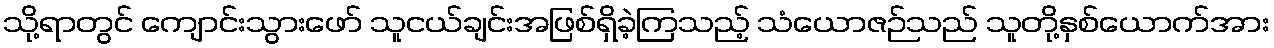
သို့ရာတွင် ကျောင်းသွားဖော် သူငယ်ချင်းအဖြစ်ရှိခဲ့ကြသည့် သံယောဇဉ်သည် သူတို့နှစ်ယောက်အား